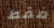
فقط